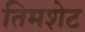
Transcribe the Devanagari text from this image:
तिमशेट